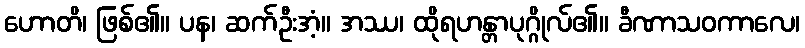
ဟောတိ၊ ဖြစ်၏။ ပန၊ ဆက်ဦးအံ့။ အဿ၊ ထိုရဟန္တာပုဂ္ဂိုလ်၏။ ခီဏာသဝကာလေ၊